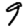
Digit: 9